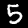
Digit: 5